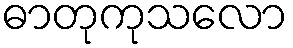
ဓာတုကုသလော